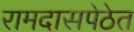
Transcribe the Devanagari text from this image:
रामदासपेठेत